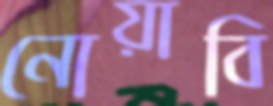
নোয়াবি